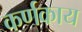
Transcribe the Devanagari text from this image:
कर्णकाय